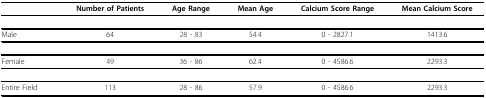
<table><thead><tr><td></td><td><b>Number of Patients</b></td><td><b>Age Range</b></td><td><b>Mean Age</b></td><td><b>Calcium Score Range</b></td><td><b>Mean Calcium Score</b></td></tr></thead><tbody><tr><td>Male</td><td>64</td><td>28 - 83</td><td>54.4</td><td>0 - 2827.1</td><td>1413.6</td></tr><tr><td>Female</td><td>49</td><td>36 - 86</td><td>62.4</td><td>0 - 4586.6</td><td>2293.3</td></tr><tr><td>Entire Field</td><td>113</td><td>28 - 86</td><td>57.9</td><td>0 - 4586.6</td><td>2293.3</td></tr></tbody></table>